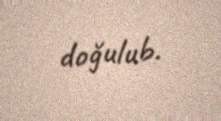
doğulub.